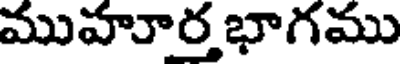
ముహూర్త భాగము